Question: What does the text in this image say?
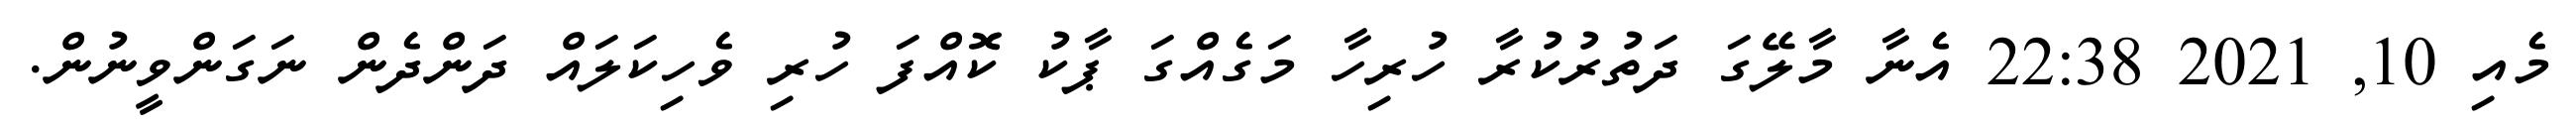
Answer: މެއި 10, 2021 22:38 އެނާ މާލޭގަ ދަތުރުކުރާ ހުރިހާ މަގެއްގަ ޕާކު ކޮއްފަ ހުރި ވެހިކަލައް ދަންދެން ނަގަންވީނުން.